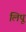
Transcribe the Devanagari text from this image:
लिपू